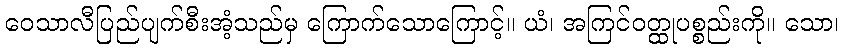
ဝေသာလီပြည်ပျက်စီးအံ့သည်မှ ကြောက်သောကြောင့်။ ယံ၊ အကြင်ဝတ္ထုပစ္စည်းကို။ သော၊